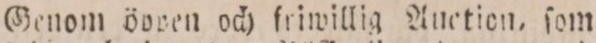
Genom öpren och friwillig Auction, ſom